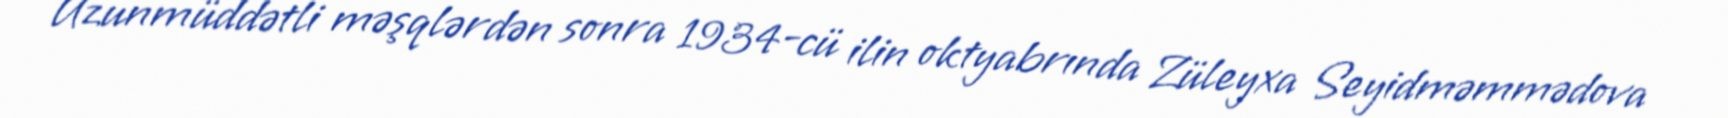
Uzunmüddətli məşqlərdən sonra 1934-cü ilin oktyabrında Züleyxa Seyidməmmədova